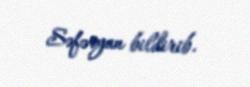
Səfəryan bildirib.